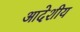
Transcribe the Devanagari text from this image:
आदेशीय